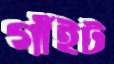
গাঁইট